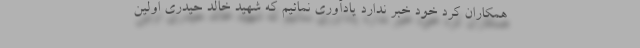
همکاران کُرد خود خبر ندارد یادآوری نمائیم که شهید خالد حیدری اولین